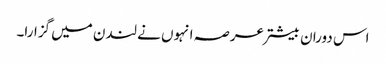
اس دوران بیشتر عرصہ انہوں نے لندن میں گزارا۔